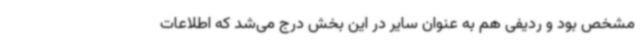
مشخص بود و ردیفی هم به عنوان سایر در این بخش درج می‌شد که اطلاعات